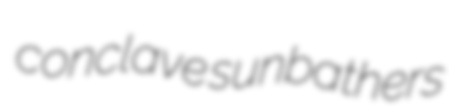
conclave sunbathers